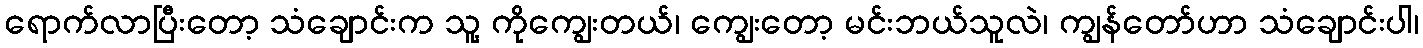
ရောက်လာပြီးတော့ သံချောင်းက သူ့ ကိုကျွေးတယ်၊ ကျွေးတော့ မင်းဘယ်သူလဲ၊ ကျွန်တော်ဟာ သံချောင်းပါ၊